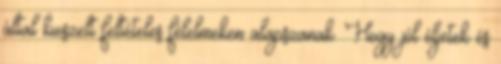
által kieszelt feltételes félelmeken alapszanak. Hogy jól éljetek és